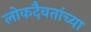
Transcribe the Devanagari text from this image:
लोकदैवतांच्या